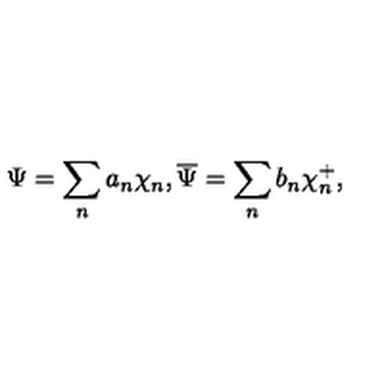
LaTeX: \Psi = \sum _ { n } a _ { n } \chi _ { n } , \overline { { \Psi } } = \sum _ { n } b _ { n } \chi _ { n } ^ { + } ,